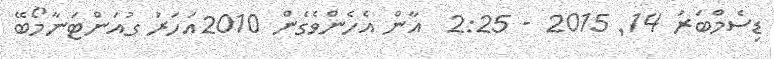
ޑިސެމްބަރު 14